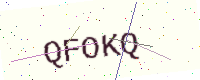
Text: QFOKQ